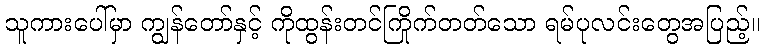
သူကားပေါ်မှာ ကျွန်တော်နှင့် ကိုထွန်းတင်ကြိုက်တတ်သော ရမ်ပုလင်းတွေအပြည့်။